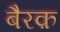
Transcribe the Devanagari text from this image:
बैरक़